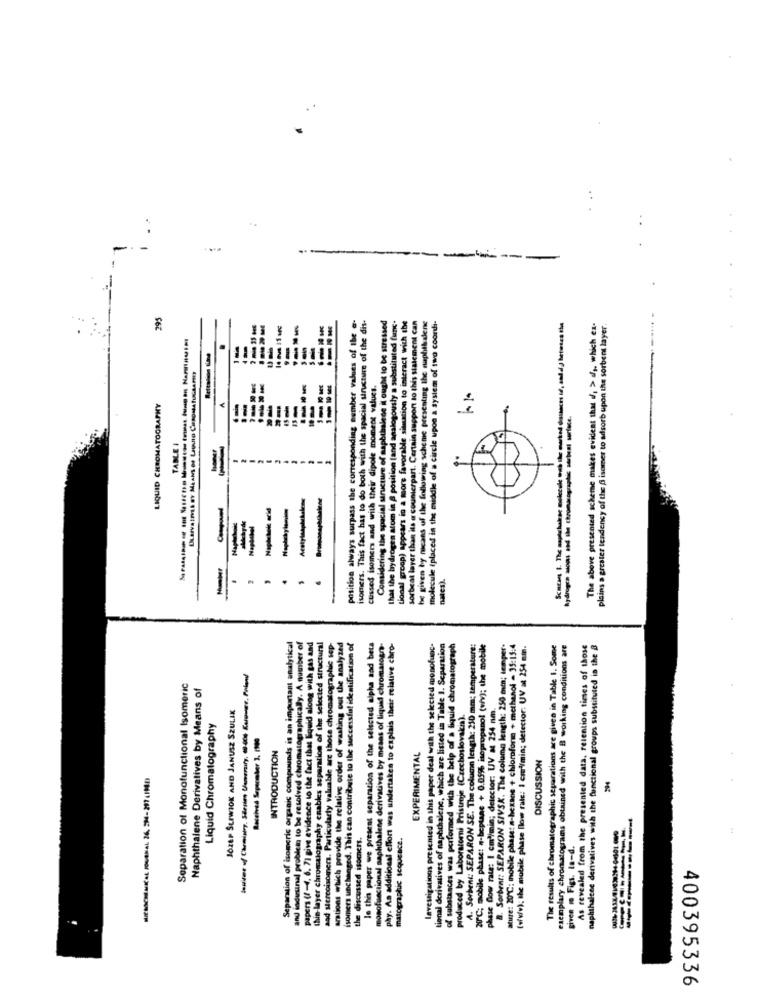
---
---
295
position always surpass the corresponding number values of the @-
isomers. This fact has to do both with the spacial uncture of the dis-
e hydrogen atom in A position (and analogously a substituted func.
cap) appears in a moore favorable situation to interact with the
sorbeat layer than its a counterpart. Certain support to this statement can
be given by means of the following scheme presenting the naphilalene
molecule (placed in the middle of a circle upon a system of two coorth-
derins the spacial structure of naphthalene i ought to be stressed
The above presented scheme makes evident that if, > dfs, which ex-
plains a greater tendency of the f isomer to adsorb upon the sorbent layer.
-
-
cussed isomers and with their dipole moment values.
LIQUID CHROMATOGRAPHY
--------
TABLE I
Consideri
nates).
Separation of isomcric organic compounds is an important analytical
papers (f-4. 6. 7) give evidence to the fact that Equid along with gas and
thin layer chromatography enables separation of the selected structural
aad stereoisomers. Particularly valuable are those chromatographic sep-
aralions which provide the relative order of washing out the analyzed
isomers unchanged. This can contribute to the successful identification of
le this paper we present separation of the selected alpha aad beta
monofunctional naphthalene derivatives by means of liquid chromatogra-
phy. An additional effort was undertaken to explais their relative chro-
levestigations presented in this paper deal with the selected monofunc-
tional derivatives of naphthalene, which are listed in Table I. Separation
the help of a liquid chromatograph
A. Sorbent: SEPARON SE. The column length: 250 mm; temperature:
20℃; mobile phase: #-beptane + 0.05% isopropanol (wiv); the mobile
B. Sorbent: SEPARON SIVSK. The column length: 250 mm; temper.
Mure: 20℃: mobile phase: a-hexane + chloroforme + methanol - 35:15:4
(wwfv); the mobile phase flow rate: I cml/min; detector; UV at 254 mm.
The results of chromatographic separations are given in Table I. Some
exemplary chromatograms obtained with the B working conditions are
As revealed from the presented data, retention times of those
naphthalcee derivatives with the functional groups substituted in the a
Separation of Monofunctional Isomeric
Naphthalene Derivatives by Means of
JOZEF SUIWIOK AND JANUSZ SZULIK
phase flow rate: I cml/min; detector: UV a 254 nm.
produced by Laboratori Pristroje (Czechoslovakia).
Liquid Chromatography
Received Sepermber 3. 1900
and indirsinal problem to be resolved chroma
INTRODUCTION
EXPERIMENTAL
of substances was performed with the belp
DISCUSSION
the discussed isomers.
matograpluc sequence.
given m Figi. la-d.
400395336